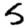
Digit: 5